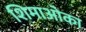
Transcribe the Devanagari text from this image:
शिमाओका